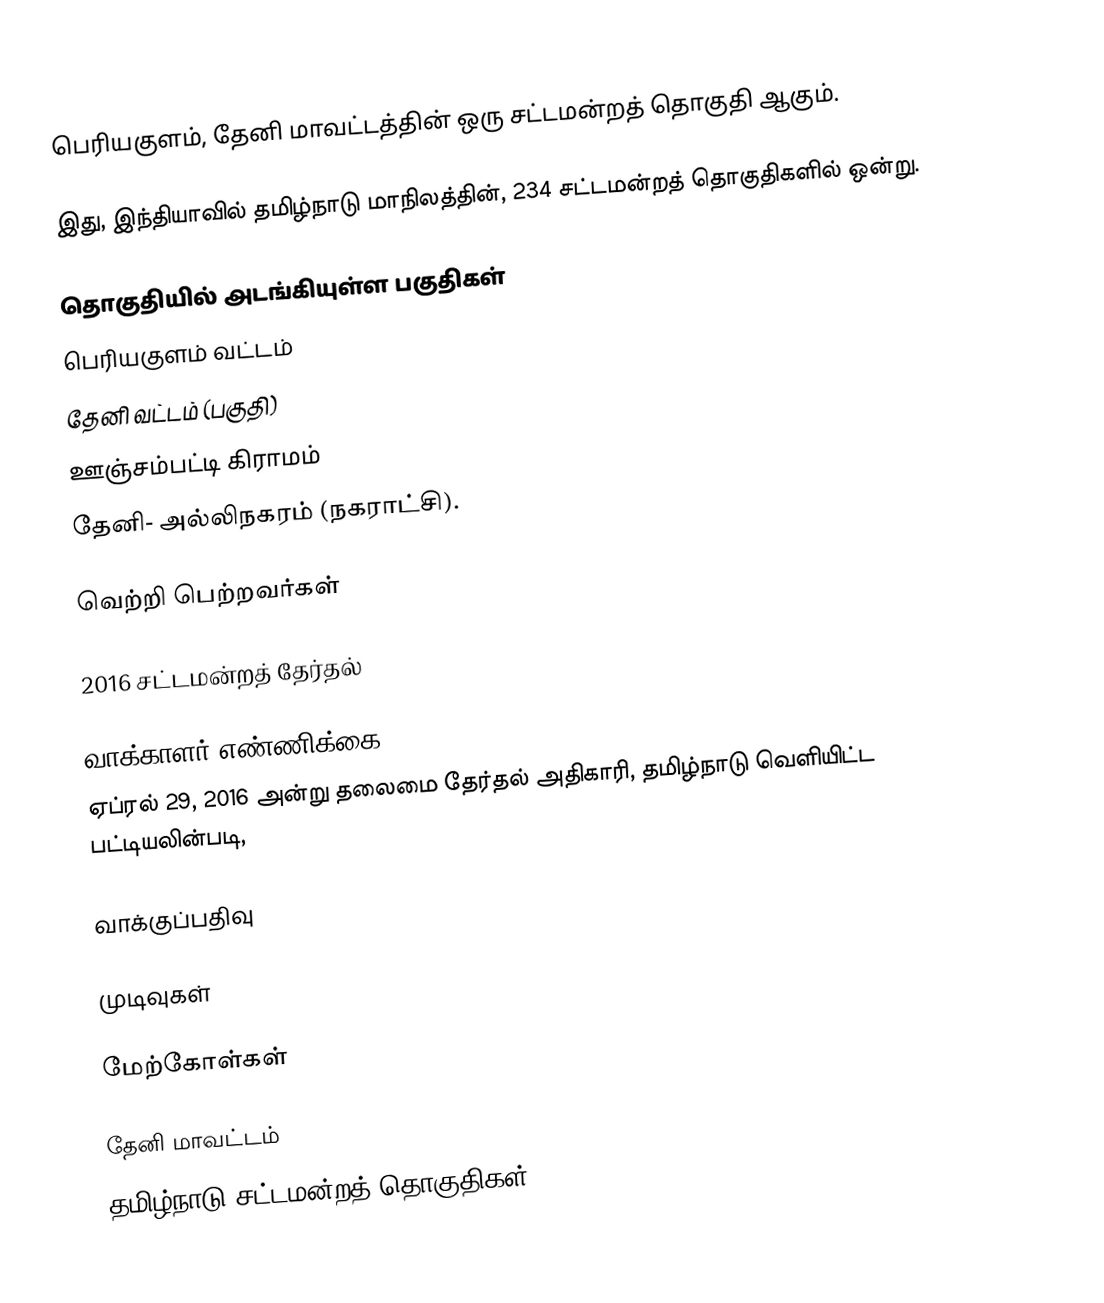
பெரியகுளம், தேனி மாவட்டத்தின் ஒரு சட்டமன்றத் தொகுதி ஆகும்.

இது, இந்தியாவில் தமிழ்நாடு மாநிலத்தின், 234 சட்டமன்றத் தொகுதிகளில் ஒன்று.

தொகுதியில் அடங்கியுள்ள பகுதிகள்
 பெரியகுளம் வட்டம்
  தேனி வட்டம் (பகுதி)
 ஊஞ்சம்பட்டி கிராமம்
 தேனி- அல்லிநகரம் (நகராட்சி).

வெற்றி பெற்றவர்கள்

2016 சட்டமன்றத் தேர்தல்

வாக்காளர் எண்ணிக்கை
ஏப்ரல் 29, 2016 அன்று தலைமை தேர்தல் அதிகாரி, தமிழ்நாடு வெளியிட்ட பட்டியலின்படி,

வாக்குப்பதிவு

முடிவுகள்

மேற்கோள்கள்

தேனி மாவட்டம்
தமிழ்நாடு சட்டமன்றத் தொகுதிகள்